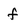
Character: f